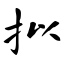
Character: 拟